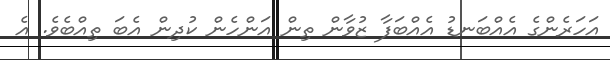
އަހަރެންގެ އެއްބަނޑު އެއްބަފާ ޒުވާން ތިން އަންހެން ކުދިން އެބަ ތިއްބެވެ. އެ